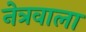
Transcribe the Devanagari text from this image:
नेत्रवाला